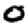
Digit: 0